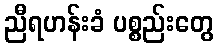
ညီရဟန်းခံ ပစ္စည်းတွေ